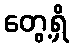
တွေ့ရှိ